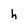
Character: h